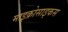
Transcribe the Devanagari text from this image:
माइक्रोसाइकस